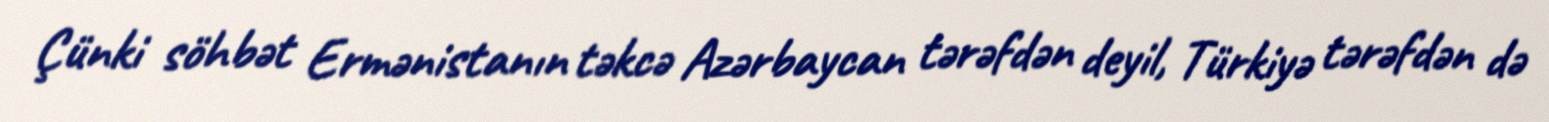
Çünki söhbət Ermənistanın təkcə Azərbaycan tərəfdən deyil, Türkiyə tərəfdən də